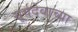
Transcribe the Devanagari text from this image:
सूर्यदेवाच्या